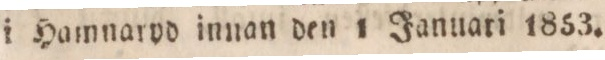
i Hamnaryd innan den 1 Januari 1853.